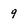
Character: 9